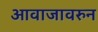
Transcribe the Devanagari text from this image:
आवाजावरुन